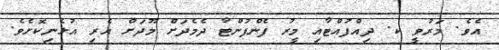
އެވެ. މަރުވީ ކ. ދިއްފުއްޓާއި މީރު ފެންފުންޓާ ދެމެދަށް މޫދަށް އެރި އުޅެނިކޮށެވެ.